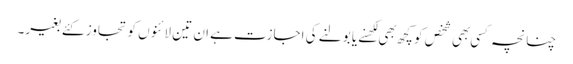
چنانچہ کسی بهی شخص کو کچھ بهی لکهنے یا بولنے کی اجازت ہے ان تین لائنوں کو تجاوز کئے بغیر۔